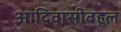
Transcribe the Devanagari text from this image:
आदिवासीबहूल